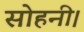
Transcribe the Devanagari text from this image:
सोहनी।